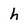
Character: h